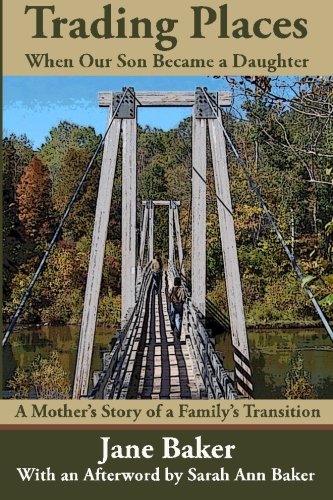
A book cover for Trading Places: When Our Son Became a Daughter--A Mother's Story of a Family's Transition; Jane Baker; Gay & Lesbian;